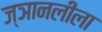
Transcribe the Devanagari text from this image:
ज्ञानलीला